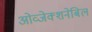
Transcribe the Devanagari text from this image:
ओव्जेक्शनेबिल